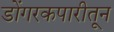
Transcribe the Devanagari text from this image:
डोंगरकपारीतून